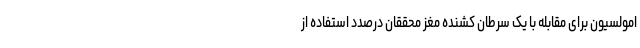
امولسیون برای مقابله با یک سرطان‌ کشنده مغز محققان درصدد استفاده از